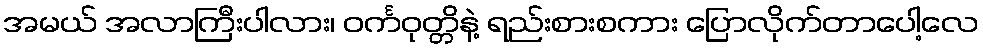
အမယ် အလာကြီးပါလား၊ ဝင်္ကဝုတ္တိနဲ့ ရည်းစားစကား ပြောလိုက်တာပေါ့လေ